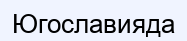
Югославияда